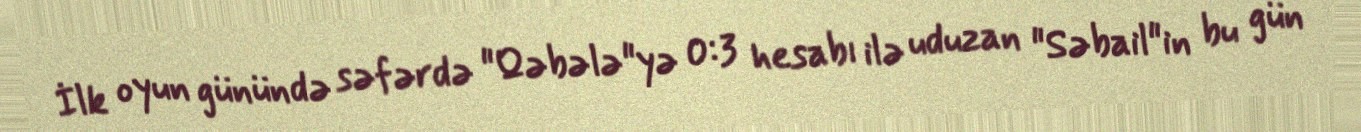
İlk oyun günündə səfərdə "Qəbələ"yə 0:3 hesabı ilə uduzan "Səbail"in bu gün